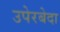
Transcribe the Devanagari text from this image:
उपेरबेदा